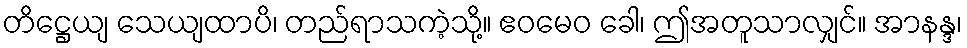
တိဋ္ဌေယျ သေယျထာပိ၊ တည်ရာသကဲ့သို့။ ဧဝမေဝ ခေါ၊ ဤအတူသာလျှင်။ အာနန္ဒ၊